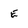
Character: E